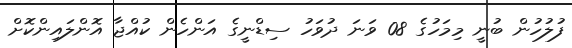
ފުލުހުން ބުނީ މިމަހުގެ 08 ވަނަ ދުވަހު ސިޑްނީގެ އަންހެން ކުއްޖާ އޮންލައިންކޮށް